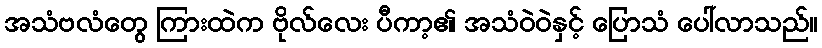
အသံဗလံတွေ ကြားထဲက ဗိုလ်လေး ပီကာ့၏ အသံဝဲဝဲနှင့် ပြောသံ ပေါ်လာသည်။